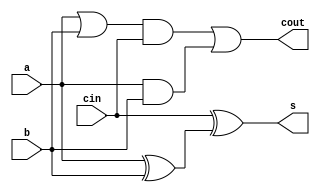
module FA(cout, s, a, b, cin);

	input a, b, cin;
	output cout, s;
		
	wire   e1, e2, e3, e4;

	// cout
	or(e1, a, b);
	and(e2, e1, cin);
	and(e3, a, b);
	or(cout, e2, e3);

	// sum
	xor(e4, a, b);
	xor(s, cin, e4);	

endmodule